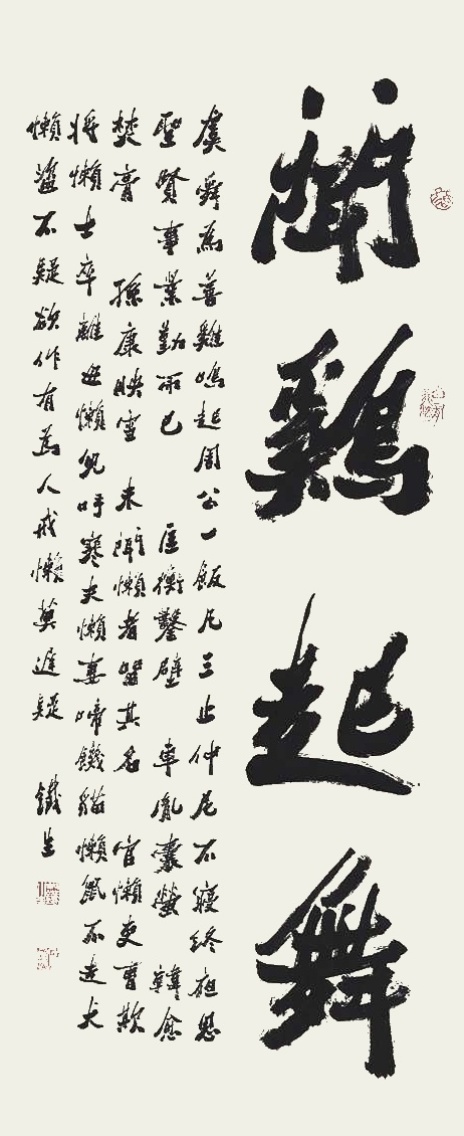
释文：闻鸡起舞。虞舜为善鸡鸣起，周公一饭凡三止。仲尼不寝终夜思，圣贤事业勤而已。匡衡凿壁，车胤囊萤，韩愈焚膏，孙康映雪，未闻懒者留其名。官懒吏曹欺，将懒士卒离。母懒儿呼寒，夫懒妻啼饥。猫懒鼠不走，犬懒盗不疑。欲作有为人，戒懒莫迟疑。铁生。